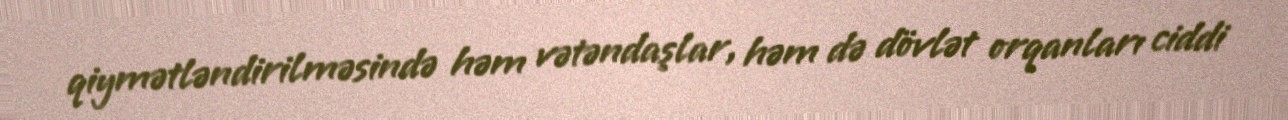
qiymətləndirilməsində həm vətəndaşlar, həm də dövlət orqanları ciddi